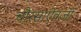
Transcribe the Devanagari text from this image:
चौरसाऐवजी